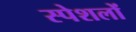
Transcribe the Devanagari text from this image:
स्पेशलों